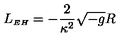
L _ { { \scriptscriptstyle E H } } = - \frac { 2 } { \kappa ^ { 2 } } \sqrt { - g } R